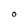
Character: O